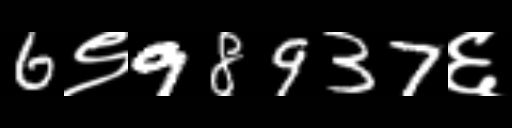
Text: 6९98937६